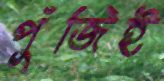
পুঁজিই